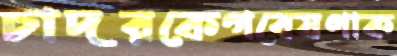
চাদরকেগবেষণাক